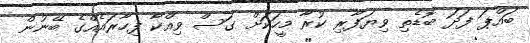
ބައްޕަ ފަދަ ބޮޑެތި ވިޔަފާރި ކުރާ މީހަކަށް ގަސް ވިއްކާ ފިހާރައެއްގެ ބޭނުން